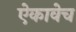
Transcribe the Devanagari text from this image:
ऐकावेच